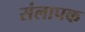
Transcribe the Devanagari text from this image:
संलापक